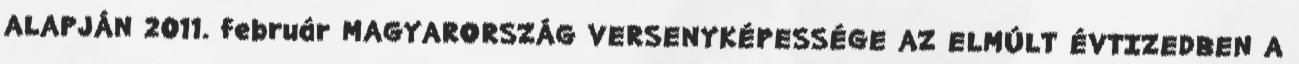
ALAPJÁN 2011. február MAGYARORSZÁG VERSENYKÉPESSÉGE AZ ELMÚLT ÉVTIZEDBEN A